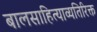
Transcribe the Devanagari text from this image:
बालसाहित्याव्यतिरिक्त